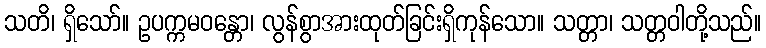
သတိ၊ ရှိသော်။ ဥပက္ကမဝန္တော၊ လွန်စွာအားထုတ်ခြင်းရှိကုန်သော။ သတ္တာ၊ သတ္တဝါတို့သည်။